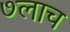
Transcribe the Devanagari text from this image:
७लाच